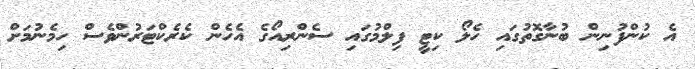
އެ ކުންފުނިން ބުނާގޮތުގައި ހެލޯ ކިޓީ ފިލްމުގައި ސެންރިއޯގެ އެހެން ކެރެކްޓަރުންވެސް ހިމެނުމަށް